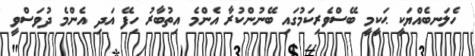
ހެލަނބެއްޔަކީ ޙަކީމީ ބޭސްވެރިކަމުގައި ބޭނުންކުރާ އެންމެ އިތުބާރު ހިފޭ އަދި އެންމެ ދުވަސްވީ